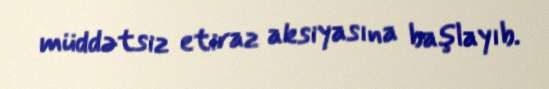
müddətsiz etiraz aksiyasına başlayıb.